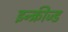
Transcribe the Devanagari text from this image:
इन्क्रीज्ड